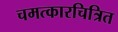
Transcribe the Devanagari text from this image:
चमत्कारचित्रित